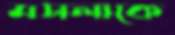
মসলাকে